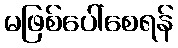
မဖြစ်ပေါ်စေရန်